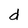
Character: d